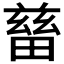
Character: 𤲸